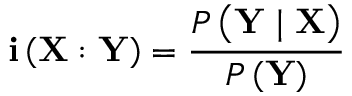
\mathbf { i } \left( \mathbf { X } : \mathbf { Y } \right) = \frac { P \left( \mathbf { Y } \mid \mathbf { X } \right) } { P \left( \mathbf { Y } \right) }